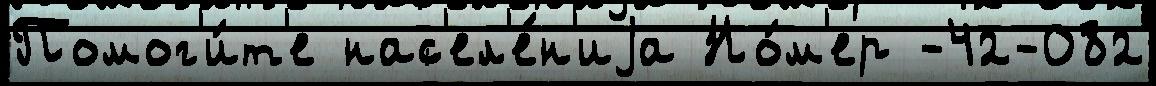
Помог'и́т'е нас'ел'е́н'иjа Но́м'ер -42-082